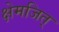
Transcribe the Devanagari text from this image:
क्षेमजित्